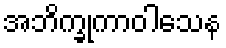
အဘိက္ခုကာဝါသေန